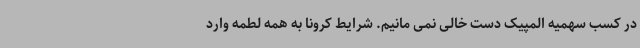
در کسب سهمیه المپیک دست خالی نمی مانیم. شرایط کرونا به همه لطمه وارد